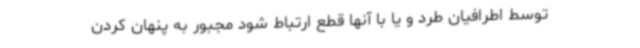
توسط اطرافیان طرد و یا با آنها قطع ارتباط شود مجبور به پنهان‌ کردن